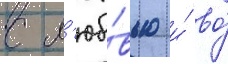
с л'юбо́вью и́ во́